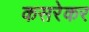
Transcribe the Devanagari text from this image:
कसरेकर